Standards of the constituents of the urine and blood and the bearing of the metabolism of Bengalis on the problems of nutrition - Number 34
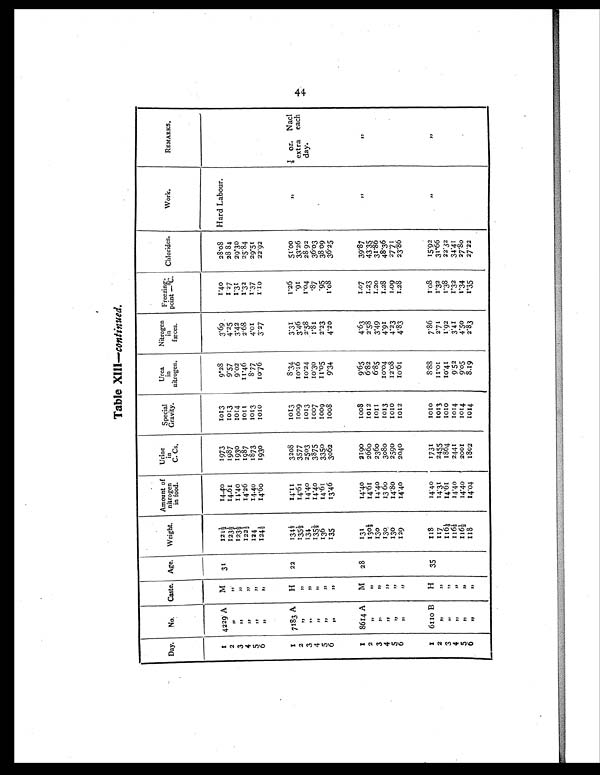
Table XIII—continued.
Day. No. Caste. Age. Weight.
Amount of
nitrogen
in food.
Urine
in
C. Cs.
Special
Gravity.
Urea
in
nitrogen.
Nitrogen
in
fæces.
Freezing-
point —ºC. Chlorides.
Work.
REMARKS.
1 4229 A M 31
1 2 1 ½
14.40
1973
1013
9.28
3.69
1.40
28.08 Hard Labour.
2 ,,
, ,
1 2 3 ½
14.61
1987
1013
9.57
4.25
1 . 2 7
28 84
3
, ,
, ,
123½-
1 4 . 4 0
1930
1014
9.02
3. 42
1 . 3 1
2 9 . 3 0
4
,,
, ,
1 2 2 ½
14.26
1987
1011
11.46
2.68
1 . 3 2
2 5 . 8 4
5
, ,
, ,
124
14.40
1873
1013
8.77
4. 01
1 . 3 7
29.51
6
, ,
, ,
1 2 4 ½
14.60
1930
1010
10.76
3.27
1.10
22.92
1 7183 A H
22
1 3 4 ½
14.11
3208
1013
8.34
3.31
1.26
51.00
, ,
1 / 8 o z N a c l e x t r a
each
day.
2
,,
, ,
1 3 5 ½
1 4 . 6 1
3577
1009
1 0 . 2 6
3.46
.91
3 3 . 2 6
3
,,
, ,
134
14.40
2503
1013
10.24
2.58
1 . 0 4
28 92
4
,,
, ,
1 3 5 ½
14.40
3875
1007
10.30
1.81
.87
36.03
5
, ,
, ,
136
14.61
3350
1009
11.05
2.23
.95
3 8 . 0 9
6
, ,
, ,
135
13.46
3062
1 0 0 8
9.34
4. 20
1.08
36.25
1 8614 A M 28
131
1 4 . 4 0
2190
1 0 0 8
9.65
4. 63
1.07
39.87
,,
, ,
2
, ,
, ,
1 3 0 ½
14.61
2660
1012
6.82
2.58
1.23
43.35
3
, ,
, ,
130
14.40
2360
1 0 1 1
6.85
3.49
1.20
31.86
4
,,
,,
130.
13 60
3080
1013
1 0 . 0 4
4.91
1.28
48.36
5
,,
, ,
130
14.80
2590
1010
12.08
4.23
1.09
27.71
6
, ,
, ,
129
14.40
2040
1012
1 0 . 6 1
4. 83
1.28
23.86
1 6110 B H 35
118
1 4 . 4 0
1731
1 0 1 0
8.88
7.86
1 . 0 8
15.92
, ,
, ,
2
, ,
, ,
117
14.31
2455
1013
1 1 . 0 1
2.71
1.32
31.66
3
, ,
, ,
1 1 6 ½
14.61
1864
1 0 1 0
10.41
1.92
1.38
22.32
4
,,
, ,
1 1 6 ½
14.40
2441
1014
9.52
3.41
1.32
3 4 . 4 1
5
, ,
, ,
1 1 6 ½
14.40
2001
1014
9. 05
4.50
1.34
27.80
6
,,
, ,
118
14.04
1802
1014
8.19
2.83
1.35
27.22